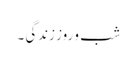
شب و روز زندگی ۔